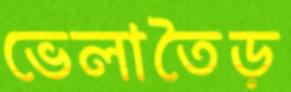
ভেলাতৈড়